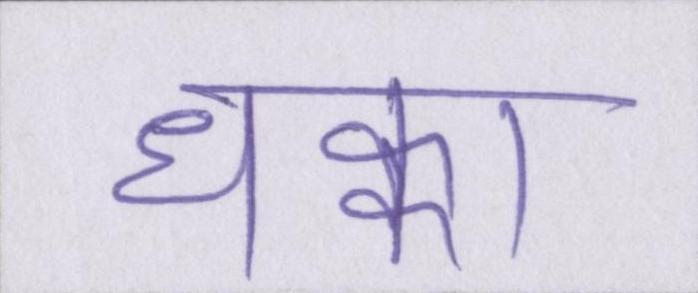
धक्का